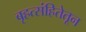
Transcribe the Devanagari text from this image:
बृहत्संहितेतून